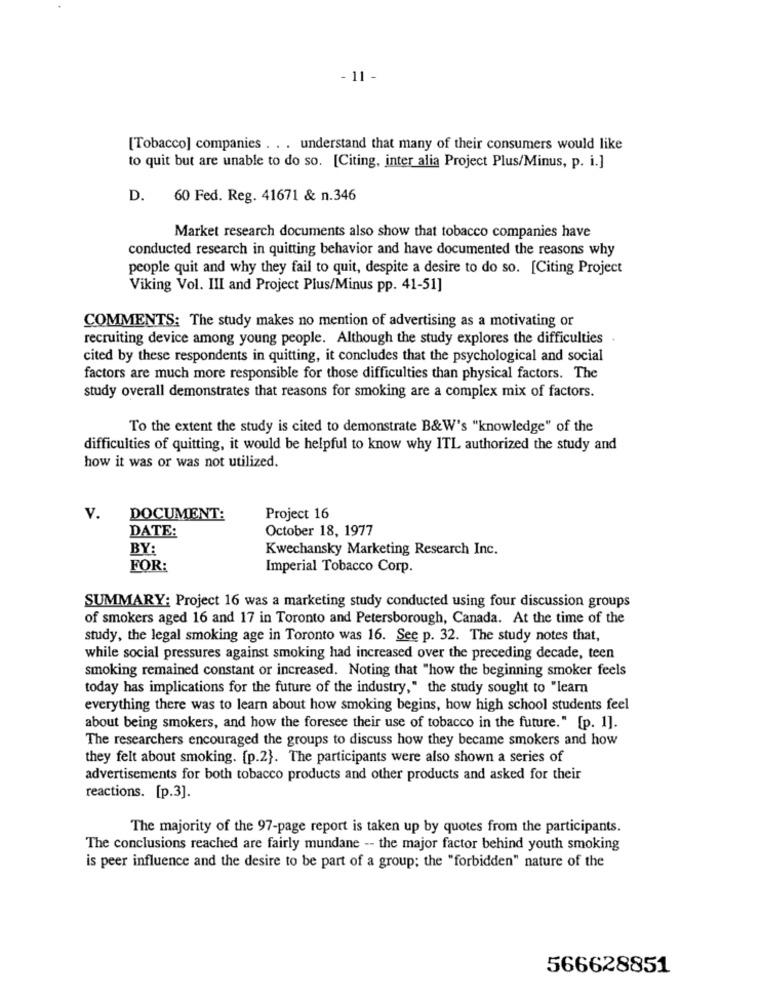
- 11 -
[Tobacco] companies . . . understand that many of their consumers would like
to quit but are unable to do so. [Citing, inter alia Project Plus/Minus, p. i.]
D. 60 Fed. Reg. 41671 & n.346
Market research documents also show that tobacco companies have
conducted research in quitting behavior and have documented the reasons why
people quit and why they fail to quit, despite a desire to do so. [Citing Project
Viking Vol. III and Project Plus/Minus pp. 41-51]
COMMENTS: The study makes no mention of advertising as a motivating or
recruiting device among young people. Although the study explores the difficulties .
cited by these respondents in quitting, it concludes that the psychological and social
factors are much more responsible for those difficulties than physical factors. The
study overall demonstrates that reasons for smoking are a complex mix of factors.
To the extent the study is cited to demonstrate B&W's "knowledge" of the
difficulties of quitting, it would be helpful to know why ITL authorized the study and
how it was or was not utilized.
v.
DOCUMENT:
Project 16
DATE:
October 18, 1977
BY:
Kwechansky Marketing Research Inc.
FOR:
Imperial Tobacco Corp.
SUMMARY: Project 16 was a marketing study conducted using four discussion groups
of smokers aged 16 and 17 in Toronto and Petersborough, Canada. At the time of the
study, the legal smoking age in Toronto was 16. See p. 32. The study notes that,
while social pressures against smoking had increased over the preceding decade, teen
smoking remained constant or increased. Noting that "how the beginning smoker feels
today has implications for the future of the industry," the study sought to "learn
everything there was to learn about how smoking begins, how high school students feel
about being smokers, and how the foresee their use of tobacco in the future." [p. 1].
The researchers encouraged the groups to discuss how they became smokers and how
they felt about smoking. [p.2}. The participants were also shown a series of
advertisements for both tobacco products and other products and asked for their
reactions. [p.3].
The majority of the 97-page report is taken up by quotes from the participants.
The conclusions reached are fairly mundane -- the major factor behind youth smoking
is peer influence and the desire to be part of a group; the "forbidden" nature of the
566628851